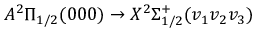
A ^ { 2 } \Pi _ { 1 / 2 } ( 0 0 0 ) \rightarrow X ^ { 2 } \Sigma _ { 1 / 2 } ^ { + } ( v _ { 1 } v _ { 2 } v _ { 3 } )